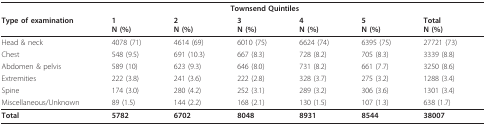
|  | <COLSPAN=5> Townsend Quintiles |  |
 | Type of examination | 1N (%) | 2N (%) | 3N (%) | 4N (%) | 5N (%) | TotalN (%) |
 | --- | --- | --- | --- | --- | --- | --- |
 | Head & neck | 4078 (71) | 4614 (69) | 6010 (75) | 6624 (74) | 6395 (75) | 27721 (73) |
 | Chest | 548 (9.5) | 691 (10.3) | 667 (8.3) | 728 (8.2) | 705 (8.3) | 3339 (8.8) |
 | Abdomen & pelvis | 589 (10) | 623 (9.3) | 646 (8.0) | 731 (8.2) | 661 (7.7) | 3250 (8.6) |
 | Extremities | 222 (3.8) | 241 (3.6) | 222 (2.8) | 328 (3.7) | 275 (3.2) | 1288 (3.4) |
 | Spine | 174 (3.0) | 280 (4.2) | 252 (3.1) | 289 (3.2) | 306 (3.6) | 1301 (3.4) |
 | Miscellaneous/Unknown | 89 (1.5) | 144 (2.2) | 168 (2.1) | 130 (1.5) | 107 (1.3) | 638 (1.7) |
 | Total | 5782 | 6702 | 8048 | 8931 | 8544 | 38007 |